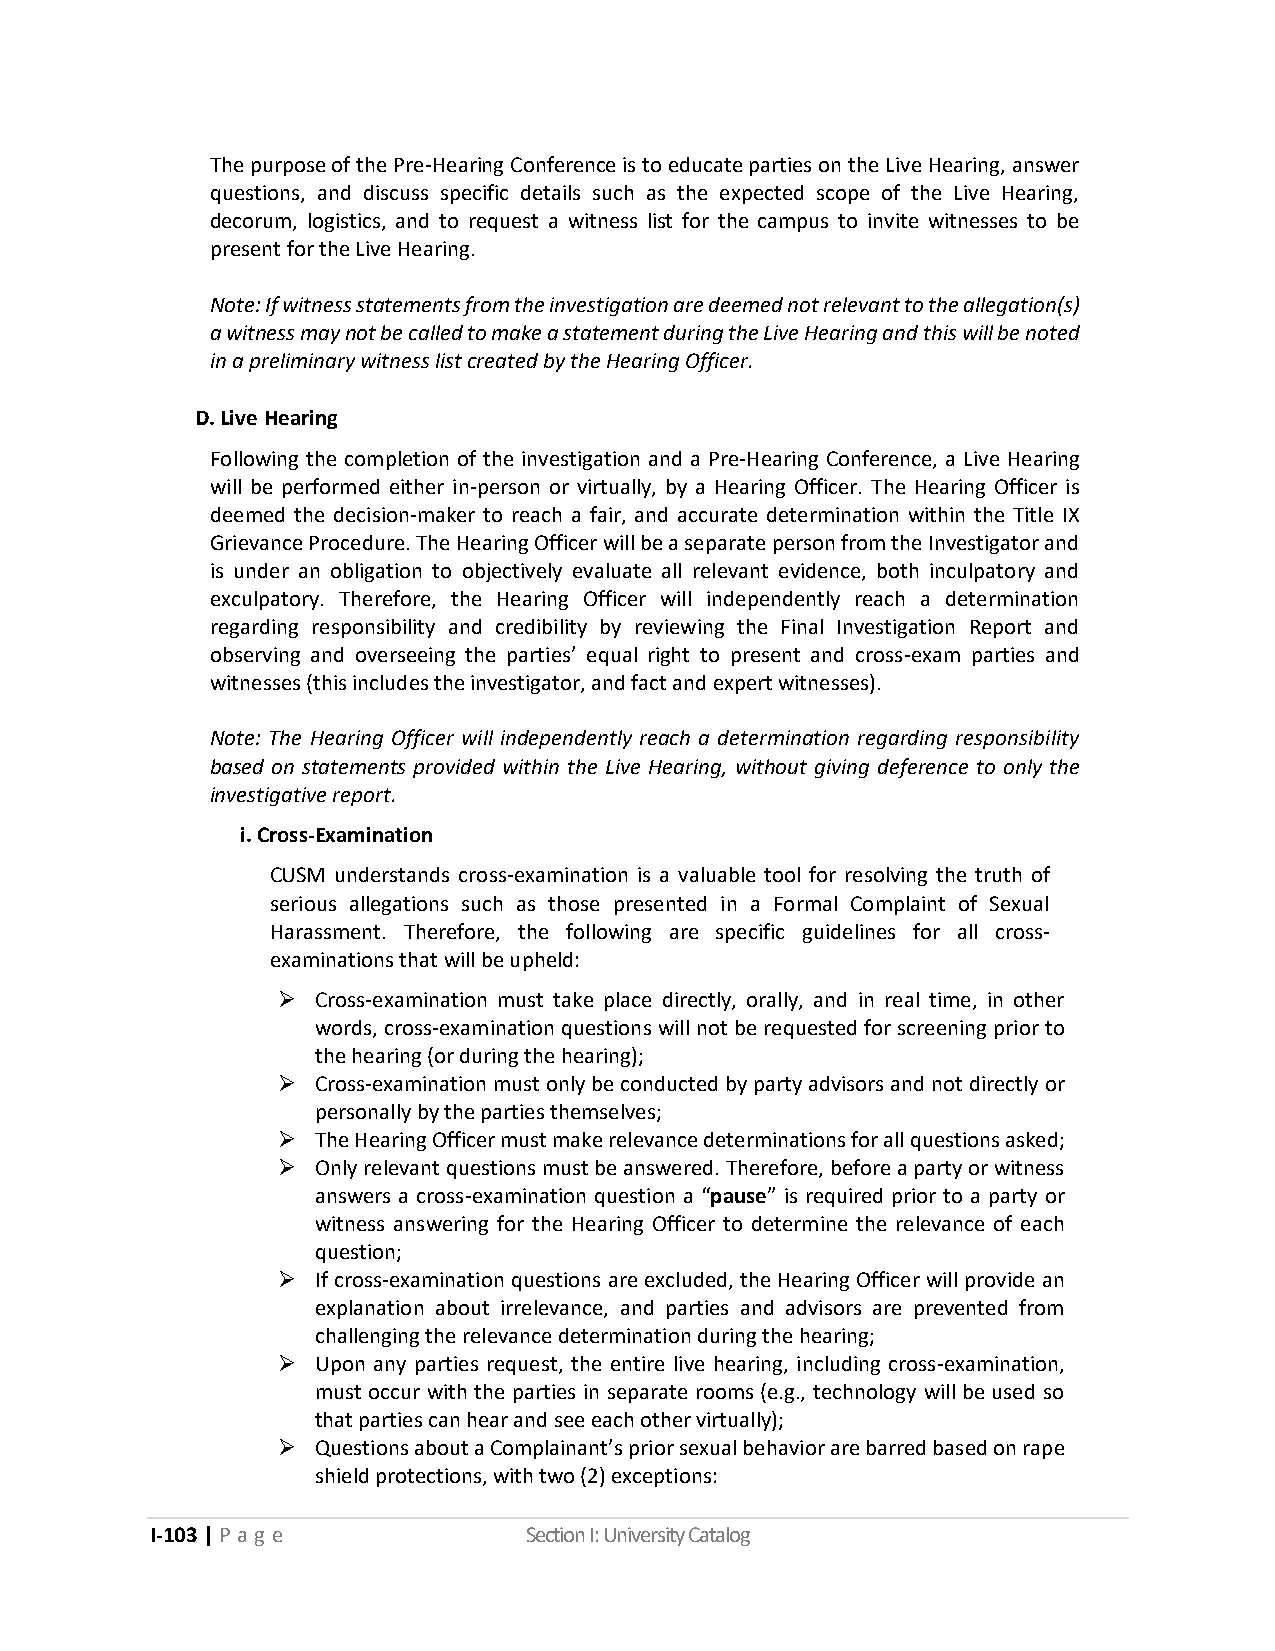
The purpose of the Pre-Hearing Conference is to educate parties on the Live Hearing, answer
 questions, and discuss specific details such as the expected scope of the Live Hearing,
 decorum, logistics, and to request a witness list for the campus to invite witnesses to be
 present for the Live Hearing.
 Note: If witness statements from the investigation are deemed not relevant to the allegation(s)
 a witness may not be called to make a statement during the Live Hearing and this will be noted
 in a preliminary witness list created by the Hearing Officer.
 D. Live Hearing
 Following the completion of the investigation and a Pre-Hearing Conference, a Live Hearing
 will be performed either in-person or virtually, by a Hearing Officer. The Hearing Officer is
 deemed the decision-maker to reach a fair, and accurate determination within the Title IX
 Grievance Procedure. The Hearing Officer will be a separate person from the Investigator and
 is under an obligation to objectively evaluate all relevant evidence, both inculpatory and
 exculpatory. Therefore, the Hearing Officer will independently reach a determination
 regarding responsibility and credibility by reviewing the Final Investigation Report and
 observing and overseeing the parties’ equal right to present and cross-exam parties and
 witnesses (this includes the investigator, and fact and expert witnesses).
 Note: The Hearing Officer will independently reach a determination regarding responsibility
 based on statements provided within the Live Hearing, without giving deference to only the
 investigative report.
 i. Cross-Examination
 CUSM understands cross-examination is a valuable tool for resolving the truth of
 serious allegations such as those presented in a Formal Complaint of Sexual
 Harassment. Therefore, the following are specific guidelines for all cross-
 examinations that will be upheld:
 ➢  Cross-examination must take place directly, orally, and in real time, in other
 words, cross-examination questions will not be requested for screening prior to
 the hearing (or during the hearing);
 ➢  Cross-examination must only be conducted by party advisors and not directly or
 personally by the parties themselves;
 ➢  The Hearing Officer must make relevance determinations for all questions asked;
 ➢  Only relevant questions must be answered. Therefore, before a party or witness
 answers a cross-examination question a “pause” is required prior to a party or
 witness answering for the Hearing Officer to determine the relevance of each
 question;
 ➢  If cross-examination questions are excluded, the Hearing Officer will provide an
 explanation about irrelevance, and parties and advisors are prevented from
 challenging the relevance determination during the hearing;
 ➢  Upon any parties request, the entire live hearing, including cross-examination,
 must occur with the parties in separate rooms (e.g., technology will be used so
 that parties can hear and see each other virtually);
 ➢  Questions about a Complainant’s prior sexual behavior are barred based on rape
 shield protections, with two (2) exceptions:
 I-103 | P a g e          Section I: University Catalog